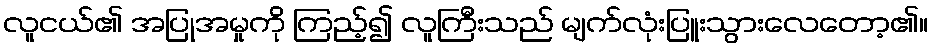
လူငယ်၏ အပြုအမှုကို ကြည့်၍ လူကြီးသည် မျက်လုံးပြူးသွားလေတော့၏။